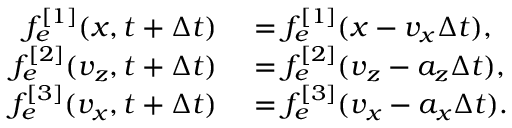
\begin{array} { r l } { f _ { e } ^ { [ 1 ] } ( x , t + \Delta t ) } & { { } = f _ { e } ^ { [ 1 ] } ( x - v _ { x } \Delta t ) , } \\ { f _ { e } ^ { [ 2 ] } ( v _ { z } , t + \Delta t ) } & { { } = f _ { e } ^ { [ 2 ] } ( v _ { z } - a _ { z } \Delta t ) , } \\ { f _ { e } ^ { [ 3 ] } ( v _ { x } , t + \Delta t ) } & { { } = f _ { e } ^ { [ 3 ] } ( v _ { x } - a _ { x } \Delta t ) . } \end{array}